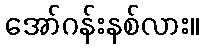
အော်ဂန်းနစ်လား။